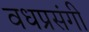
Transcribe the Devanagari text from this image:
वधप्रसंगी